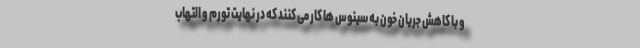
و با کاهش جریان خون به سینوس ها کار می کنند که در نهایت تورم و التهاب